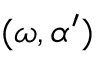
( \omega , \alpha ^ { \prime } )